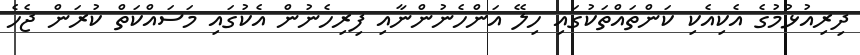
ދިރިއުޅުމުގެ އެކިއެކި ކަންތައްތަކުގައި ހިލޭ އަންހެނުންނާއި ފިރިހެނުން އެކުގައި މަސައްކަތް ކުރަން ޖެހެ